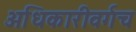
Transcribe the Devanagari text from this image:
अधिकारीवर्गच